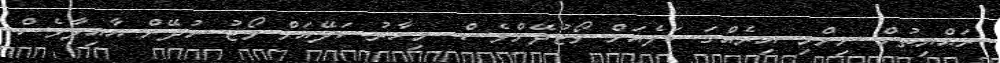
ރައްޔިތުން ނިންމި އިރެއްގަ ކަލެއަށް ވޯޓުދޭންވެސް. މިހާރު ކަލޭއަށް ވޯޓު ނުދޭން އާއިލާވެސް